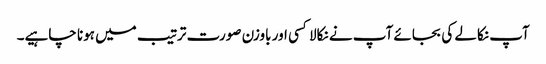
آپ نکالے کی بجائے آپ نے نکالا کسی اور باوزن صورت ترتیب میں ہونا چاہیے۔